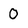
Character: 0